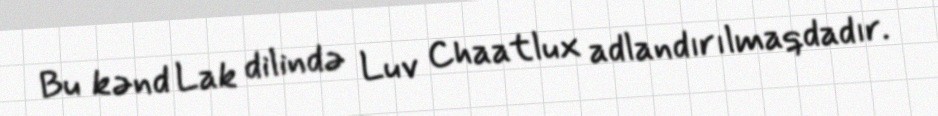
Bu kənd Lak dilində Luv Chaatlux adlandırılmaqdadır.